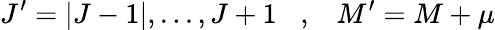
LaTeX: J^{\prime}=|J-1|,...,J+1\; \; \; ,\; \; \; M^{\prime}=M+\mu